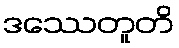
ဒဿေတူတိ